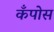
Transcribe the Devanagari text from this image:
कँपोस